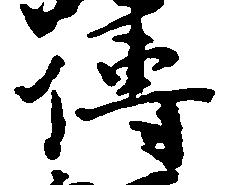
伝